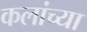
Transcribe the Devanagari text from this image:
कलांच्‍या